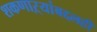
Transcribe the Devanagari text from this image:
शकणाऱ्यांबद्दलही